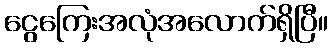
ငွေကြေးအလုံအလောက်ရှိပြီ။